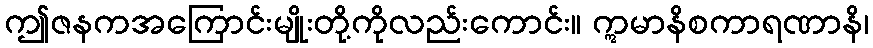
ဤဇနကအကြောင်းမျိုးတို့ကိုလည်းကောင်း။ ဣမာနိစကာရဏာနိ၊